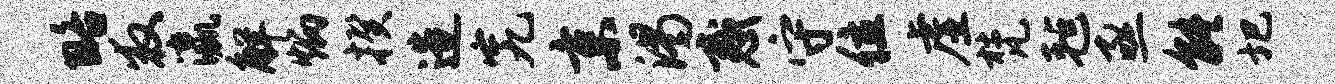
略救瀛解炳揆造究京渴惑守位虚梵毡亟能圯